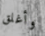
وأغلق